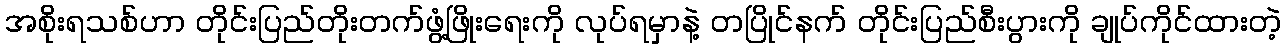
အစိုးရသစ်ဟာ တိုင်းပြည်တိုးတက်ဖွံ့ဖြိုးရေးကို လုပ်ရမှာနဲ့ တပြိုင်နက် တိုင်းပြည်စီးပွားကို ချုပ်ကိုင်ထားတဲ့